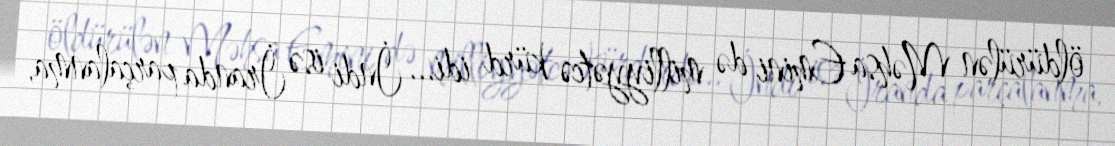
öldürülən Məhsa Emini də milliyyətcə kürd idi... İndi isə İranda parçalanma,